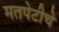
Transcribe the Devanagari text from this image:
मतपेटीचे